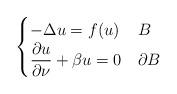
LaTeX: \begin{align*}\begin{cases} -\Delta u= f(u) & B\\ \displaystyle{\frac{\partial u}{\partial \nu}+ \beta u=0} & \partial B\end{cases}\end{align*}